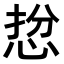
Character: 𢚅